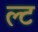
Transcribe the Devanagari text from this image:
ल्ट